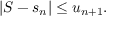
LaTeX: | S - s _ { n } | \leq u _ { n + 1 } .